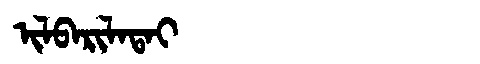
Manchu: ᡳᠯᠪᠠᡵᡳᠯᠠᡨᠠᡳ
Romanization: ILBARILATAI